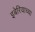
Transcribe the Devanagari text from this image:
इबेरियाच्या